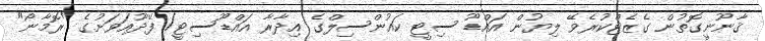
ޤާނޫނީގޮތުން ގެޒެޓްކުރެވޭ ލިޔުން އައްޑޫ ސިޓީ ކައުންސިލްގެ އިދާރާ އައްޑޫސިޓީ/ ފޭދޫއަވަށުގެ "ރޮމާނޯ"